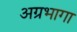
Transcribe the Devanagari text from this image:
अग्रभागा